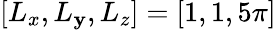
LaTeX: [L_{x},L_{\mathbf{y}},L_{z}]=[1,1,5\pi]